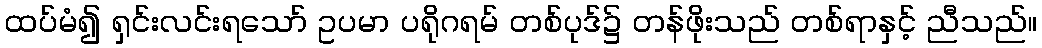
ထပ်မံ၍ ရှင်းလင်းရသော် ဥပမာ ပရိုဂရမ် တစ်ပုဒ်၌ တန်ဖိုးသည် တစ်ရာနှင့် ညီသည်။